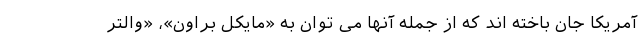
آمریکا جان باخته‌ اند که از جمله آنها می توان به «مایکل براون»، «والتر